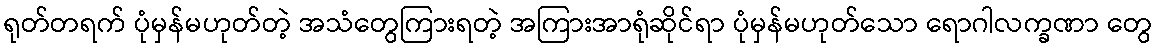
ရုတ်တရက် ပုံမှန်မဟုတ်တဲ့ အသံတွေကြားရတဲ့ အကြားအာရုံဆိုင်ရာ ပုံမှန်မဟုတ်သော ရောဂါလက္ခဏာ တွေ